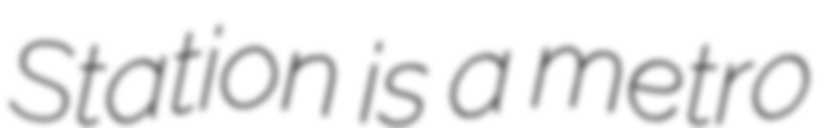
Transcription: Station is a metro